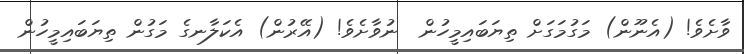
ވާށެވެ! (އެނޫން) މަގުމަގަށް ތިޔަބައިމީހުން  ނުވާށެވެ! (އޭރުން) އެކަލާނގެ މަގުން ތިޔަބައިމީހުން